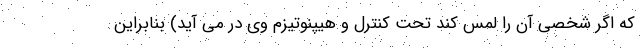
که اگر شخصی آن را لمس کند تحت کنترل و هیپنوتیزم وی در می آید) بنابراین